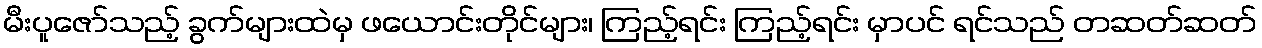
မီးပူဇော်သည့် ခွက်များထဲမှ ဖယောင်းတိုင်များ၊ ကြည့်ရင်း ကြည့်ရင်း မှာပင် ရင်သည် တဆတ်ဆတ်